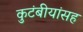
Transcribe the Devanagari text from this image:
कुटंबीयांसह